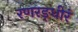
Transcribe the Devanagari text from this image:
रणरङ्धीरं